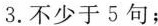
Name：Jane Age：12